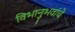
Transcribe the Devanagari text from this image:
विभानुभवांचे